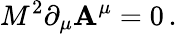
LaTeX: M^{2}\partial_{\mu}\mathbf{A}^{\mu}=0\, .